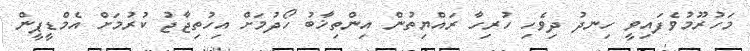
މަހުރޫމުވެފައިވީ ހިނދު ދިވެހި ހުރިހާ ރައްޔިތުން އިންތިޚާބު ހޯދުމަށް އިހުތިޖާޖު ކުރުމަށް އެމްޑީޕީން